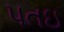
પતઇ